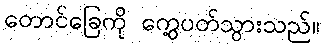
တောင်ခြေကို ကွေ့ပတ်သွားသည်။